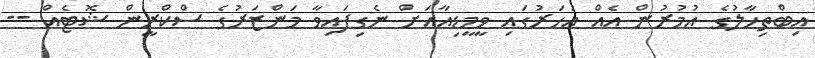
އިބްތިހާލުގެ އުމުރުން އެއް އަހަރުގައި ވީމީޑިއާއަށް ނެގިފައިވާ މަންޒަރުގެ ސްކްރީން ޝޮޓެއް --